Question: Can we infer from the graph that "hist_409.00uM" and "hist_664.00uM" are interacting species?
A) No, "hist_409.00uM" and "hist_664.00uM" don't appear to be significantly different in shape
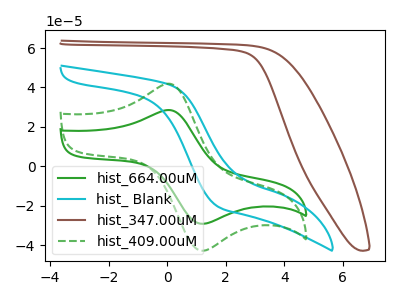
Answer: <think>The green curve "hist_664.00uM" has an anodic peak at (0.10V, 28.50uA) and a cathodic peak at (1.25V, -29.20uA). The cyan curve "hist_ Blank" has no peaks. The brown curve "hist_347.00uM" has no peaks. The green dashed curve "hist_409.00uM" has an anodic peak at (0.10V, 41.80uA) and a cathodic peak at (1.25V, -42.90uA).
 All the peaks in "hist_409.00uM" have a peak in "hist_664.00uM" at the same potential. Every peak in "hist_409.00uM" is higher than every peak in "hist_664.00uM".</think>
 <answer>A) No, "hist_409.00uM" and "hist_664.00uM" don't appear to be significantly different in shape</answer>
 <eval>A</eval>